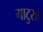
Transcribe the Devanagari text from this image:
गाटुसो